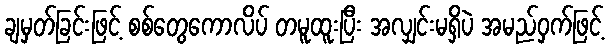
ချမှတ်ခြင်းဖြင့် စစ်တွေကောလိပ် တမူထူးပြီး အလျှင်းမရှိပဲ အမည်ဝှက်ဖြင့်